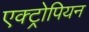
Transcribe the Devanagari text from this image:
एक्ट्रोपियन